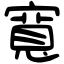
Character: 寬